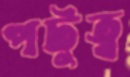
পটুত্ব